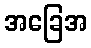
အခြေအ